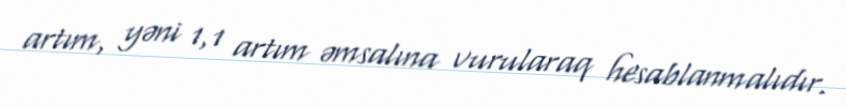
artım, yəni 1,1 artım əmsalına vurularaq hesablanmalıdır.